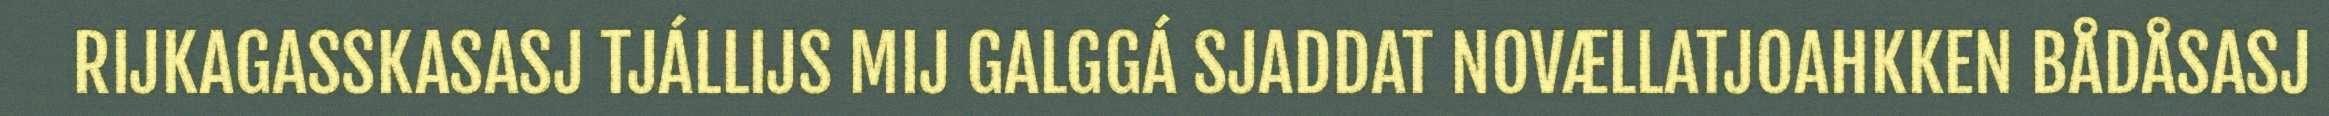
RIJKAGASSKASASJ TJÁLLIJS MIJ GALGGÁ SJADDAT NOVÆLLATJOAHKKEN BÅDÅSASJ